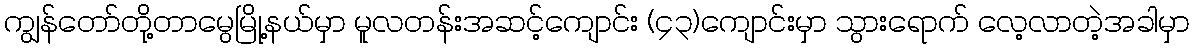
ကျွန်တော်တို့တာမွေမြို့နယ်မှာ မူလတန်းအဆင့်ကျောင်း (၄၃)ကျောင်းမှာ သွားရောက် လေ့လာတဲ့အခါမှာ